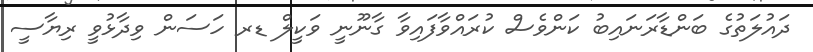
ދައުލަތުގެ ބަންޑާރަނައިބު ކަންވެސް ކުރައްވާފައިވާ ގާނޫނީ ވަކީލް ޑރ ހަސަން ވިދާޅުވީ ރިޔާސީ